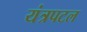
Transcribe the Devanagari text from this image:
यंत्रपटल